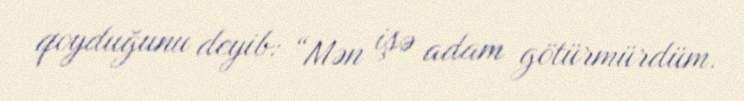
qoyduğunu deyib: “Mən işə adam götürmürdüm.